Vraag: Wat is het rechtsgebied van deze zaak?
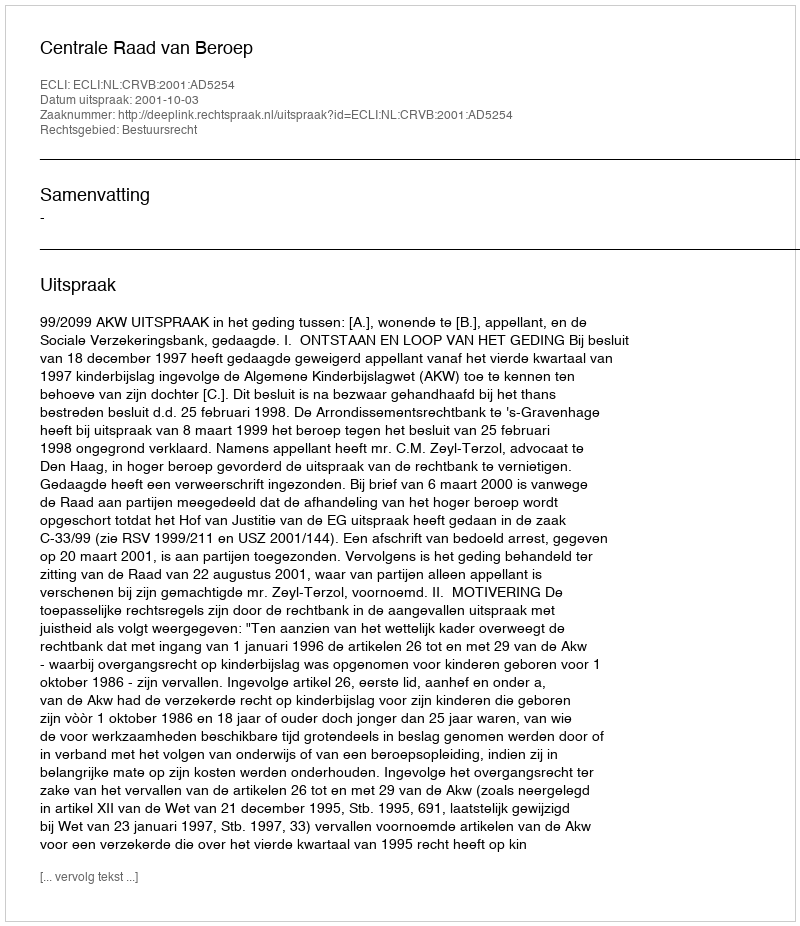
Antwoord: Bestuursrecht